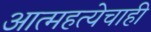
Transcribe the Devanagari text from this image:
आत्महत्येचाही